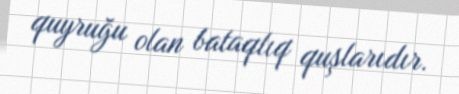
quyruğu olan bataqlıq quşlarıdır.